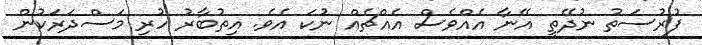
ފުރުސަތު ނުދޭތީ އޭނާ އެއްވެސް އެއްޗެއް ނުކަ އެވެ. އިތުބާރު ހުރި މަސްދަރަކުން